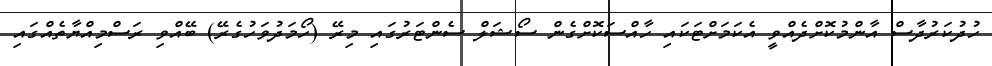
ހުދުކަރުދާސް އާންމުކޮށްދެއްވީ އެކަމަށްޓަކައި ހާއްސަކޮށްގެން ސޯޝަލް ސެންޓަރުގައި މިރޭ (ހޯމަދުވަހުގެރޭ) ބޭއްވި ރަސްމިއްޔާތެއްގައި